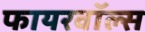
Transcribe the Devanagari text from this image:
फायरवॉल्स